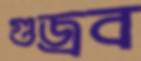
গুজ্‌রব